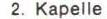
2. Kapelle